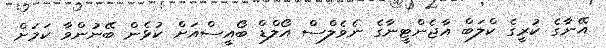
އޭނާގެ ކުރީގެ ކްލަބް އާޖެންޓީނާގެ ނެވެލްސް އޯލްޑް ބޯއީސްއަށް ކުޅެން ބޭނުންވާ ކަމަށް